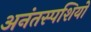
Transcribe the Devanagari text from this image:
अनंतस्पशियों